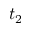
t _ { 2 }